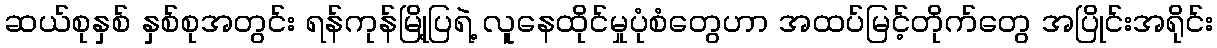
ဆယ်စုနှစ် နှစ်စုအတွင်း ရန်ကုန်မြို့ပြရဲ့ လူနေထိုင်မှုပုံစံတွေဟာ အထပ်မြင့်တိုက်တွေ အပြိုင်းအရိုင်း